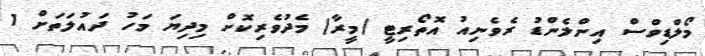
މޯލްޑިވްސް އިންލެންޑު ރެވެނިއު އޮތޯރިޓީ (މީރާ) މެދުވެރިކޮށް މިދިޔަ މަހު ދައުލަތަށް 1